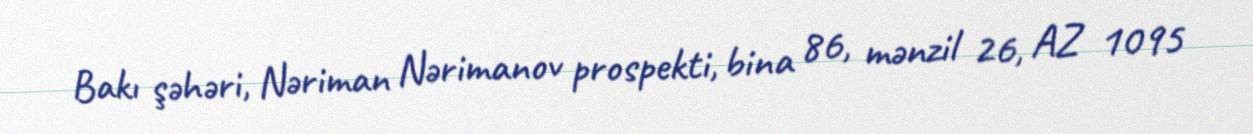
Bakı şəhəri, Nəriman Nərimanov prospekti, bina 86, mənzil 26, AZ 1095